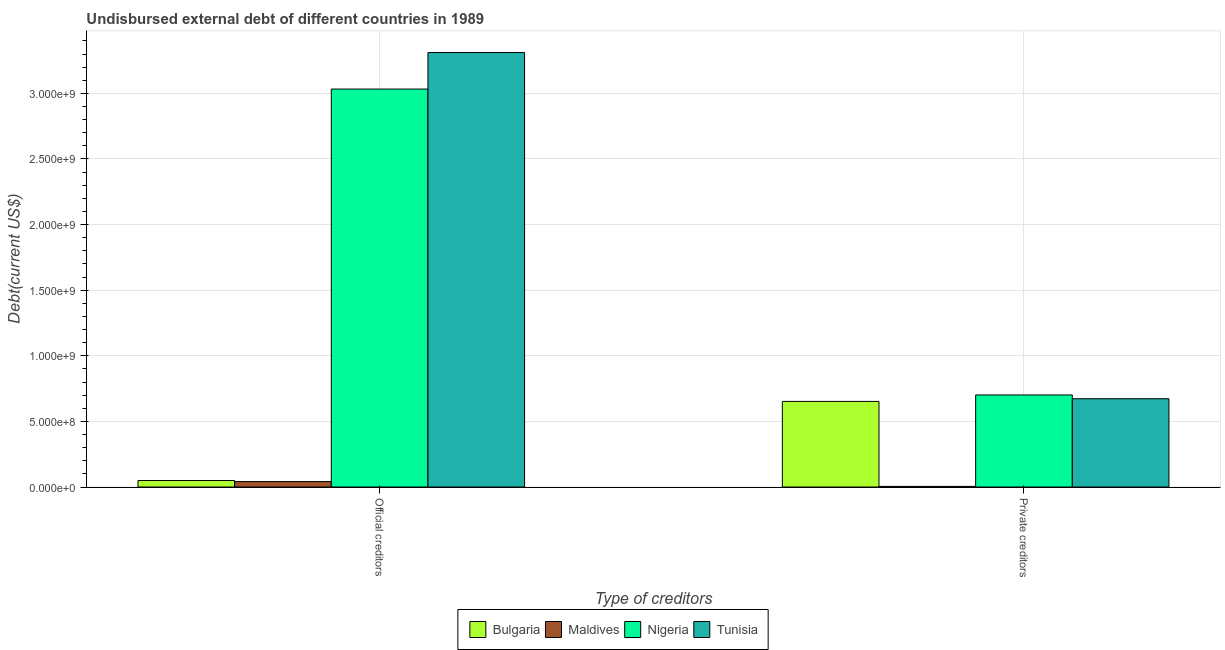
| Type of creditors | Bulgaria | Maldives | Nigeria | Tunisia |
 | --- | --- | --- | --- | --- |
 | Official creditors | 4.94e+07 | 4.13e+07 | 3.03e+09 | 3.31e+09 |
 | Private creditors | 6.52e+08 | 4.68e+06 | 7.01e+08 | 6.73e+08 |